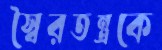
স্বৈরতন্ত্রকে